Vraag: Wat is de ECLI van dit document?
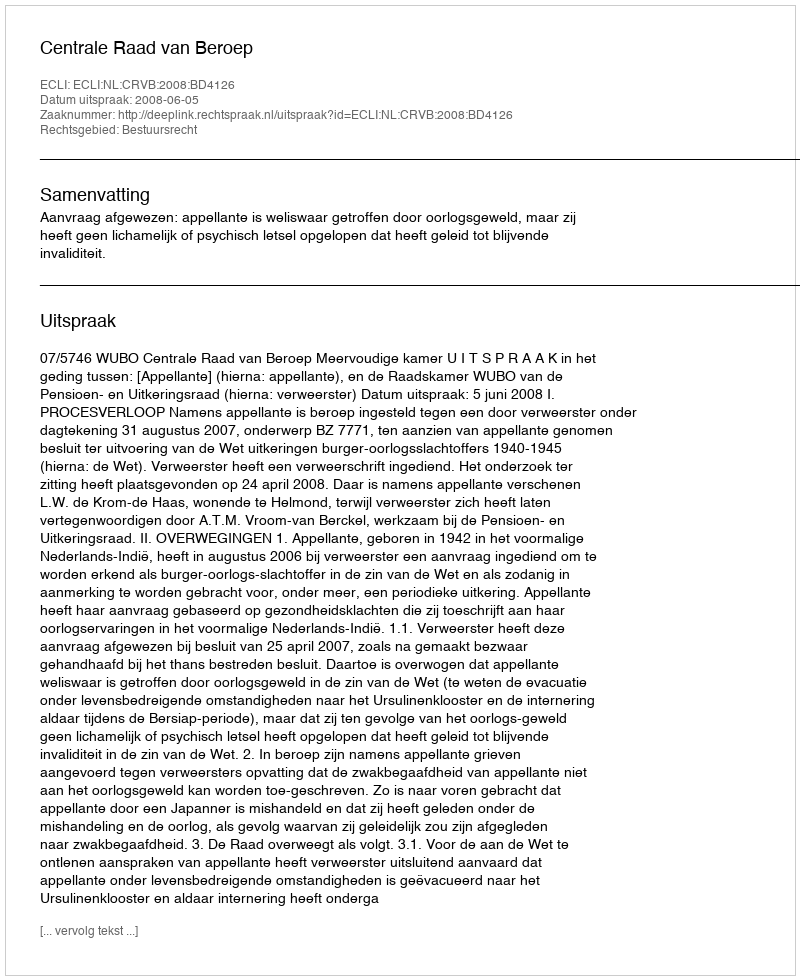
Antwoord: ECLI:NL:CRVB:2008:BD4126